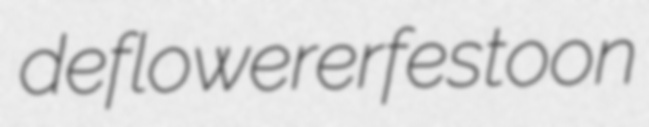
deflowerer festoon